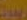
ريموت